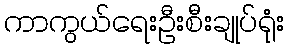
ကာကွယ်ရေးဦးစီးချုပ်ရုံး